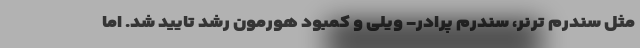
مثل سندرم ترنر، سندرم پرادر- ویلی و کمبود هورمون رشد تایید شد. اما